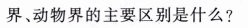
界、动物界的主要区别是什么?